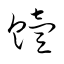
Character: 饐